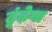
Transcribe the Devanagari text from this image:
ढूंढ़ेगा